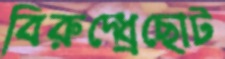
বিরুদ্ধ্রেছোট